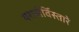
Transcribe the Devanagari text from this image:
यशसेर्विस्तारे